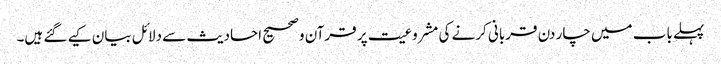
پہلے باب میں چار دن قربانی کرنے کی مشروعیت پر قرآن وصحیح احادیث سے دلائل بیان کیے گئے ہیں۔